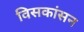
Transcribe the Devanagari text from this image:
विसकांसन